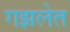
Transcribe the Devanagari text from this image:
गझलेत